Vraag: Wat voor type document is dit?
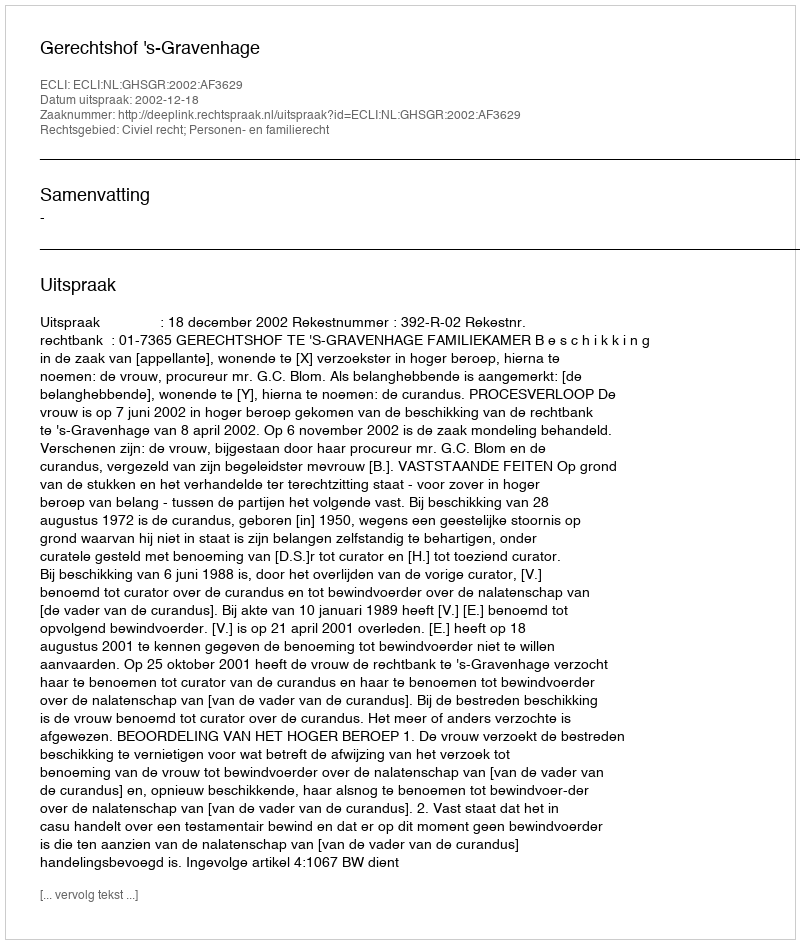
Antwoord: Uitspraak